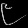
Digit: ၉